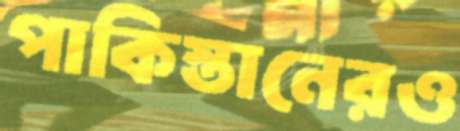
পাকিস্তানেরও